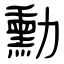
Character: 勳